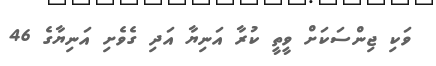
ވަކި ޖިންސަކަށް ވީތީ ކުރާ އަނިޔާ އަދި ގެވެށި އަނިޔާގެ 46